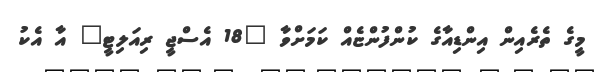
މީގެ ތެރެއިން އިންޑިއާގެ ކުންފުންޏެއް ކަމަށްވާ "18 އެސްޖީ ރިއަލިޓީ" އާ އެކު